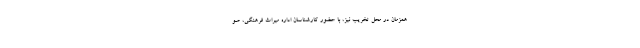
همزمان در محل تخریب نیز، با حضور کارشناسان اداره میراث فرهنگی، صو